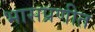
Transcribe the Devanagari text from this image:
भासप्रणीत